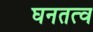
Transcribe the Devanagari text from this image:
घनतत्व